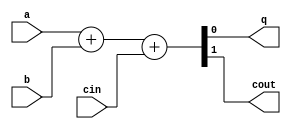
module fulladd2(a, b, cin, q, cout);
input a, b, cin;
output q, cout;

assign {cout, q} = a + b + cin;

endmodule